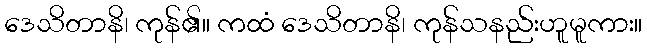
ဒေသိတာနိ၊ ကုန်၏။ ကထံ ဒေသိတာနိ၊ ကုန်သနည်းဟူမူကား။